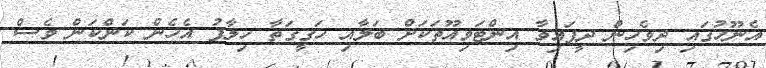
އެނޫހުގައި ދިވެހިން ދީފައިވާ އިންޓަވިއޫތަކަށް ބަލާއި ހަގީގަތާ ހިލާފު އެހެން ކަންކަން ވެސް